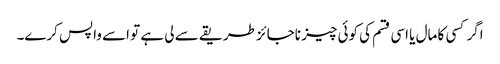
اگر کسی کا مال یا اسی قسم کی کوئی چیز ناجائز طریقے سے لی ہے تو اسے واپس کرے۔